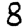
Digit: 8